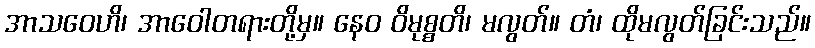
အာသဝေဟိ၊ အာဝေါတရားတို့မှ။ နေဝ ဝိမုစ္စတိ၊ မလွတ်။ တံ၊ ထိုမလွတ်ခြင်းသည်။